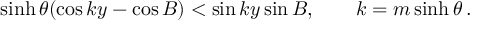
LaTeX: \sinh \theta ( \cos k y - \cos B ) < \sin k y \sin B , \qquad k = m \sinh \theta \, .